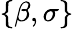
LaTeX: \{ \beta,\sigma\}